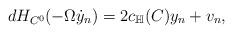
LaTeX: \begin{align*}dH_{C^0}(-\Omega \dot{y}_n) = 2 c_{\mathbb{H}}(C) y_n + v_n,\end{align*}